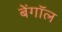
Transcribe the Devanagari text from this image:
बेंगॉल